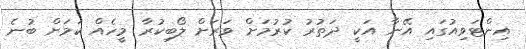
އިންޓަވިއުގައި އޭނާ އަކީ ދަތުރު ކުރުމަށް ވަރަށް ލޯބިކުރާ މީހެއް ކަމަށް ބުނެ